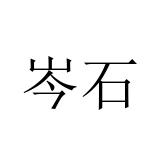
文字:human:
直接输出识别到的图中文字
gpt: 岑石